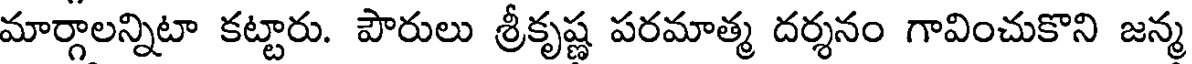
మార్గాలన్నిటా కట్టారు. పౌరులు శ్రీకృష్ణ పరమాత్మ దర్శనం గావించుకొని జన్మ